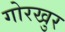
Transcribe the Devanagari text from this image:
गोरखुर